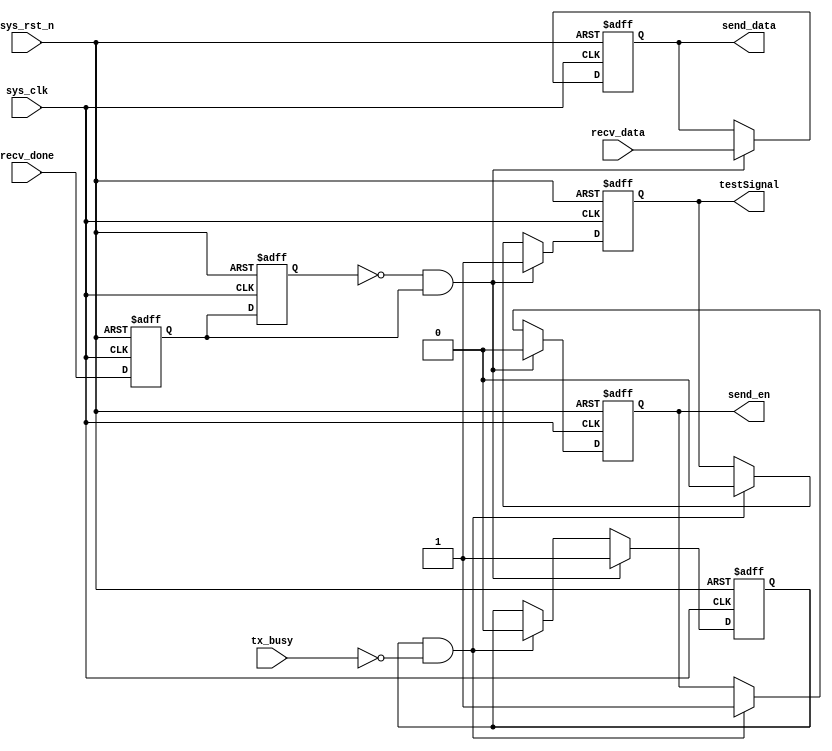
module uart_loop(input sys_clk,
                 input sys_rst_n,
                 input recv_done,
                 input [7:0] recv_data,
                 input tx_busy,
                 output reg send_en,
                 output reg [7:0] send_data,
                 output reg testSignal);
    
    //reg define
    reg recv_done_d0;
    reg recv_done_d1;
    reg tx_ready;
    
    //wire define
    wire recv_done_flag;
    
    assign recv_done_flag = (~recv_done_d1) & recv_done_d0;
    
    always @(posedge sys_clk or negedge sys_rst_n) begin
        if (!sys_rst_n) begin
            recv_done_d0 <= 1'b0;
            recv_done_d1 <= 1'b0;
        end
        else begin
            recv_done_d0 <= recv_done;
            recv_done_d1 <= recv_done_d0;
        end
    end
    
    always @(posedge sys_clk or negedge sys_rst_n) begin
        if (!sys_rst_n) begin
            tx_ready   <= 1'b0;
            send_en    <= 1'b0;
            send_data  <= 8'd0;
            testSignal <= 1'b1;
        end
        else begin
            if (recv_done_flag)begin
                tx_ready   <= 1'b1;
                testSignal <= 1'b1; // shut down the LED
                send_en    <= 1'b0;
                send_data  <= recv_data;
            end
            else if (tx_ready && (~tx_busy)) begin
                tx_ready   <= 1'b0;
                send_en    <= 1'b1;
                testSignal <= 1'b0;
            end
        end
    end
                
endmodule